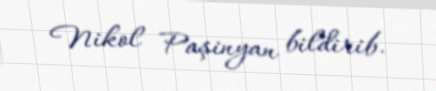
Nikol Paşinyan bildirib.